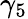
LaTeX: \gamma_{5}